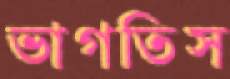
ভাগতিস